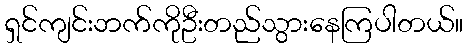
ရှင်ကျင်းဘက်ကိုဦးတည်သွားနေကြပါတယ်။